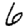
Digit: 6